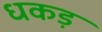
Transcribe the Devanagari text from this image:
धकड़